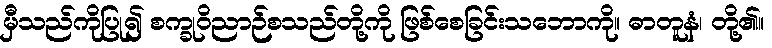
မှီသည်ကိုပြု၍ စက္ခုဝိညာဉ်စသည်တို့ကို ဖြစ်စေခြင်းသဘောကို။ ဓာတူနံ၊ တို့၏။